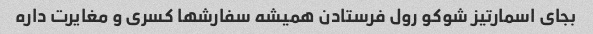
بجای اسمارتیز شوکو رول فرستادن همیشه سفارشها کسری و مغایرت داره